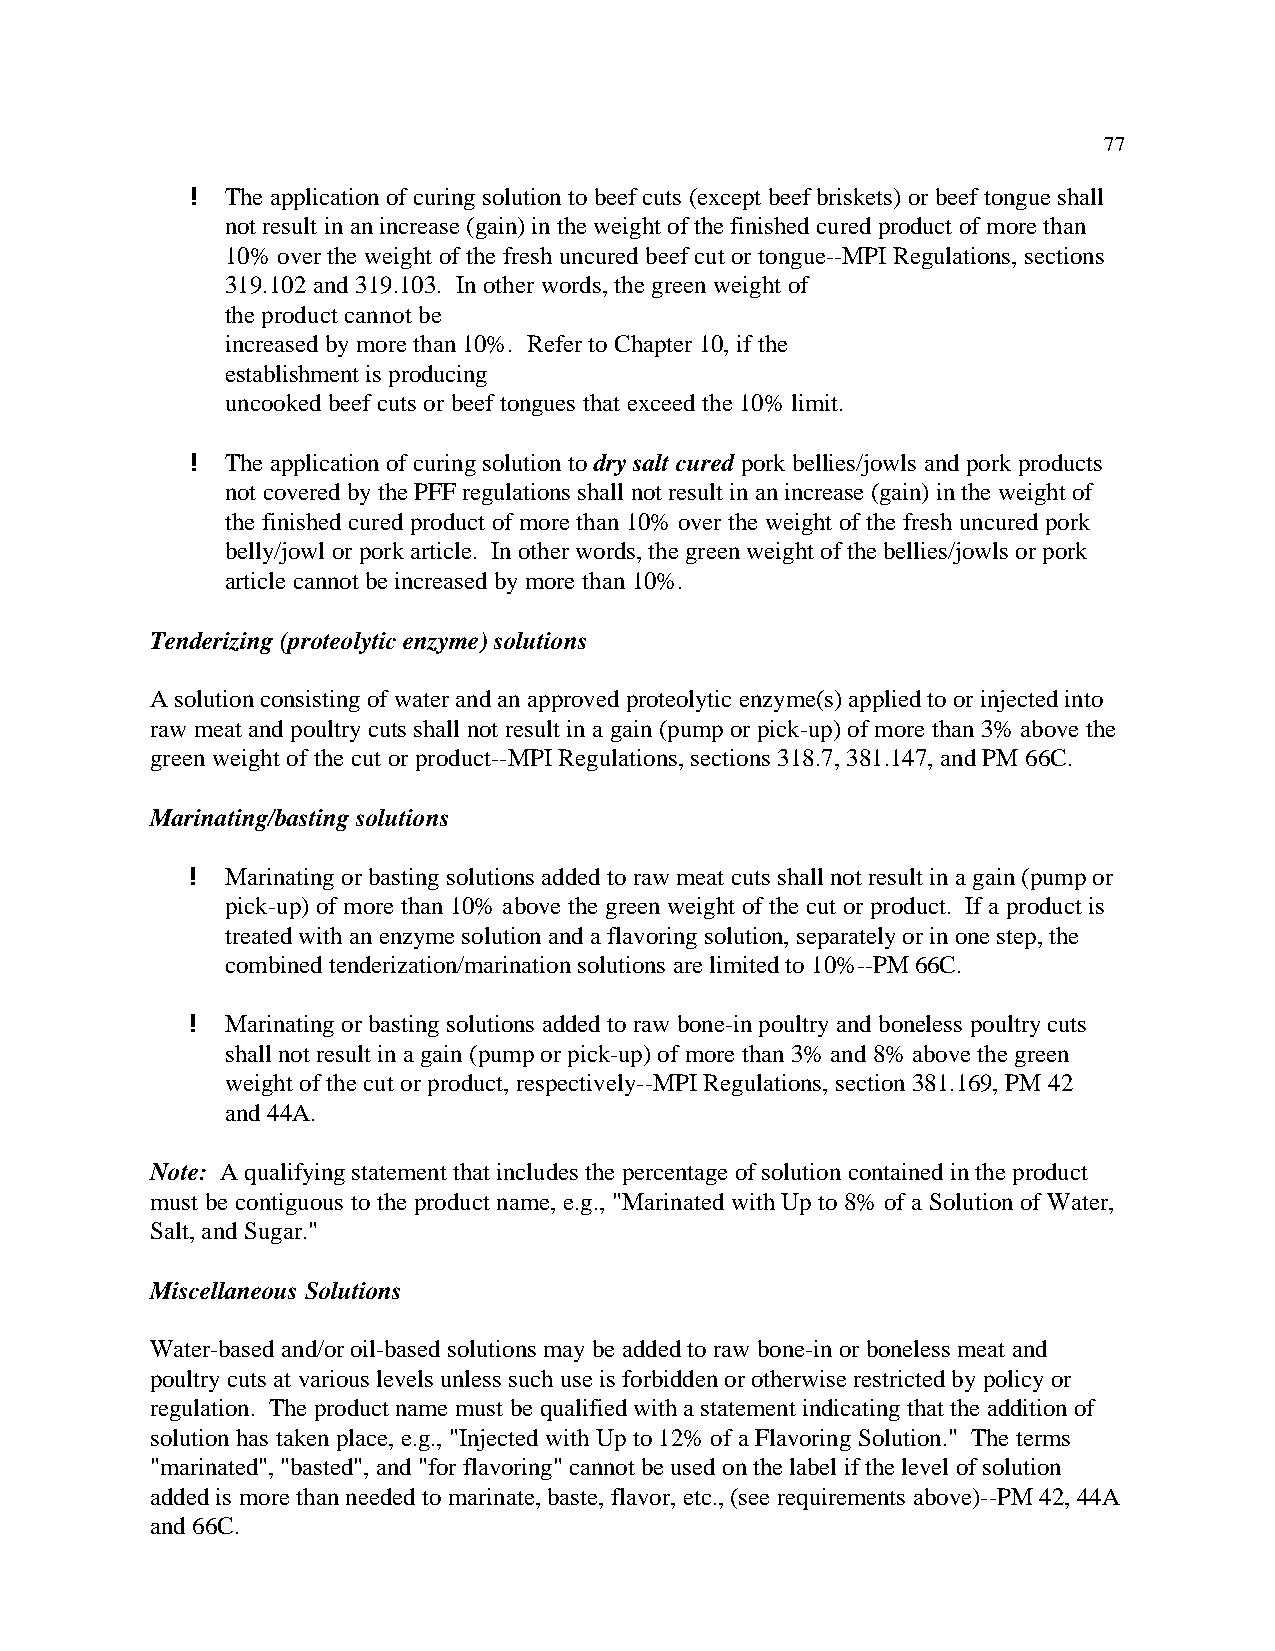
77
 ! The application of curing solution to beef cuts (except beef briskets) or beef tongue shall
 not result in an increase (gain) in the weight of the finished cured product of more than
 10% over the weight of the fresh uncured beef cut or tongue--MPI Regulations, sections
 319.102 and 319.103. In other words, the green weight of
 the product cannot be
 increased by more than 10%. Refer to Chapter 10, if the
 establishment is producing
 uncooked beef cuts or beef tongues that exceed the 10% limit.
 ! The application of curing solution to dry salt cured pork bellies/jowls and pork products
 not covered by the PFF regulations shall not result in an increase (gain) in the weight of
 the finished cured product of more than 10% over the weight of the fresh uncured pork
 belly/jowl or pork article. In other words, the green weight of the bellies/jowls or pork
 article cannot be increased by more than 10%.
 Tenderizing (proteolytic enzyme) solutions
 A solution consisting of water and an approved proteolytic enzyme(s) applied to or injected into
 raw meat and poultry cuts shall not result in a gain (pump or pick-up) of more than 3% above the
 green weight of the cut or product--MPI Regulations, sections 318.7, 381.147, and PM 66C.
 Marinating/basting solutions
 !  Marinating or basting solutions added to raw meat cuts shall not result in a gain (pump or
 pick-up) of more than 10% above the green weight of the cut or product. If a product is
 treated with an enzyme solution and a flavoring solution, separately or in one step, the
 combined tenderization/marination solutions are limited to 10%--PM 66C.
 !  Marinating or basting solutions added to raw bone-in poultry and boneless poultry cuts
 shall not result in a gain (pump or pick-up) of more than 3% and 8% above the green
 weight of the cut or product, respectively--MPI Regulations, section 381.169, PM 42
 and 44A.
 Note: A qualifying statement that includes the percentage of solution contained in the product
 must be contiguous to the product name, e.g., "Marinated with Up to 8% of a Solution of Water,
 Salt, and Sugar."
 Miscellaneous Solutions
 Water-based and/or oil-based solutions may be added to raw bone-in or boneless meat and
 poultry cuts at various levels unless such use is forbidden or otherwise restricted by policy or
 regulation. The product name must be qualified with a statement indicating that the addition of
 solution has taken place, e.g., "Injected with Up to 12% of a Flavoring Solution." The terms
 "marinated", "basted", and "for flavoring" cannot be used on the label if the level of solution
 added is more than needed to marinate, baste, flavor, etc., (see requirements above)--PM 42, 44A
 and 66C.